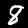
Digit: 8